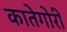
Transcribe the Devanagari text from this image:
कातेगोरी